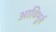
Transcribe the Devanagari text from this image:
आविभूर्त